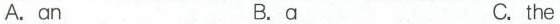
A.an B.a C.the